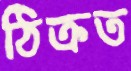
ঠিক্‌রত